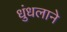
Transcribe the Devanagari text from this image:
धुंधलाने